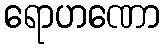
ရောဟဏော